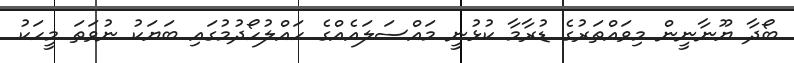
ބޯދާ ޔޫނާނީން މިވައްތަރުގެ ޑުރާމާ ކުޅުނީ މައްސަލައެއްގެ ހައްލުހޯދުމުގައި ބަޔަކު ނުވަތަ މީހަކު